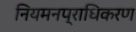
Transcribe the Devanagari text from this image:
नियमनप्राधिकरण